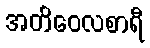
အတိဝေလစာရီ